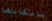
بامكانها